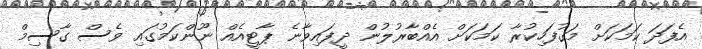
އެފަދަ ކަމަކަށް މަގުފަހިކުރާ ކަމަކަށް އެއްބާރުލުން ދީފައިވާނެ ޕާޓީއެއް ނޫންކަމުގައި ވެސް ގާސިމް